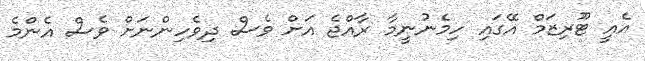
އެއީ ޓޫރިޒަމް އޭގައި ހިމެނުނީމާ ރާއްޖެ އަށް ވެސް ދިވެހިންނަށް ވެސް އެންމެ